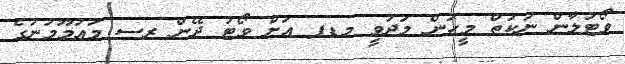
ވޯޓުލާން ނުކުތް މީހުން މަދުވީ މޑޕ އަށް ވޯޓު ދޭން ރސ މައުމޫމުނުގެ